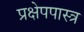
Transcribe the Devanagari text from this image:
प्रक्षेपपास्त्र